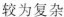
较为复杂